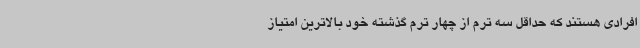
افرادی هستند که حداقل سه ترم از چهار ترم گذشته خود بالاترین امتیاز